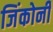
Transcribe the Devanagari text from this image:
जिंकोनी